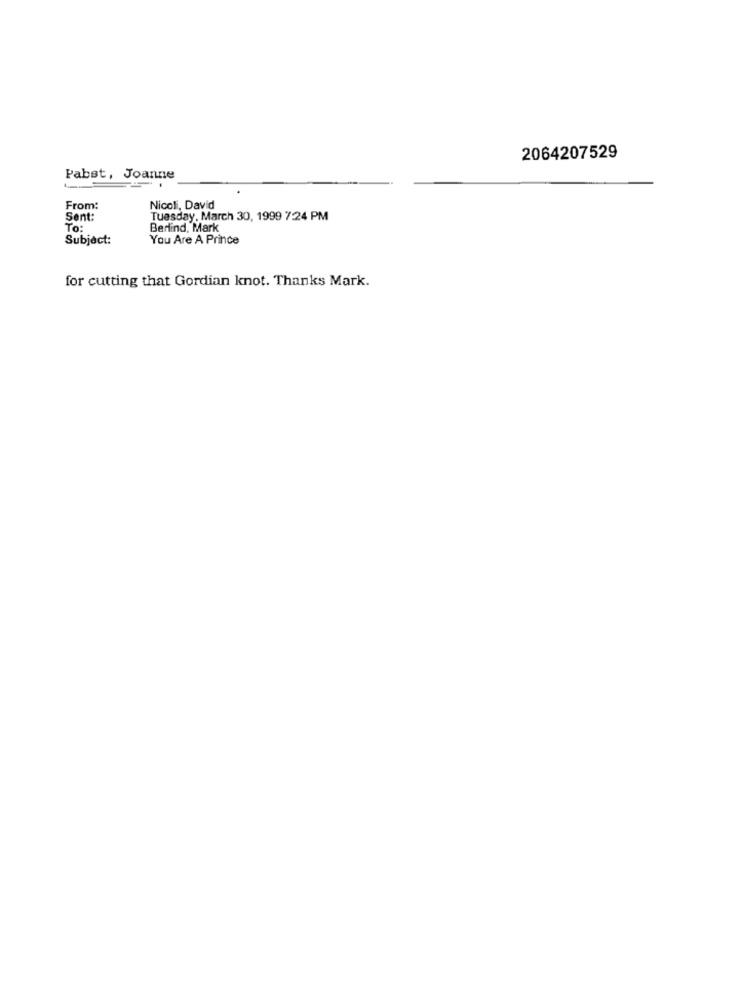
2064207529
Pabst, Joanne
From:
Nicoli, David
Sent:
Tuesday, March 30, 1999 7:24 PM
To :
Berlind, Mark
Subject:
You Are A Prince
for cutting that Gordian knot. Thanks Mark.